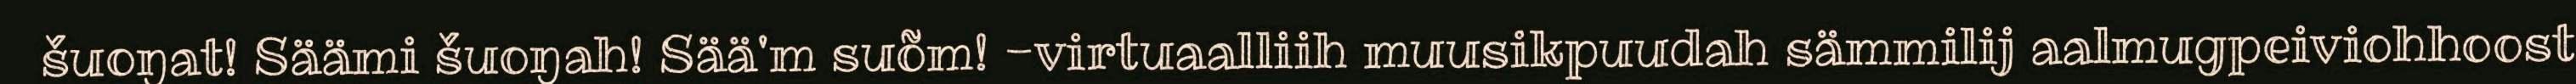
šuoŋat! Säämi šuoŋah! Sää'm suõm! -virtuaalliih muusikpuudah sämmilij aalmugpeiviohhoost